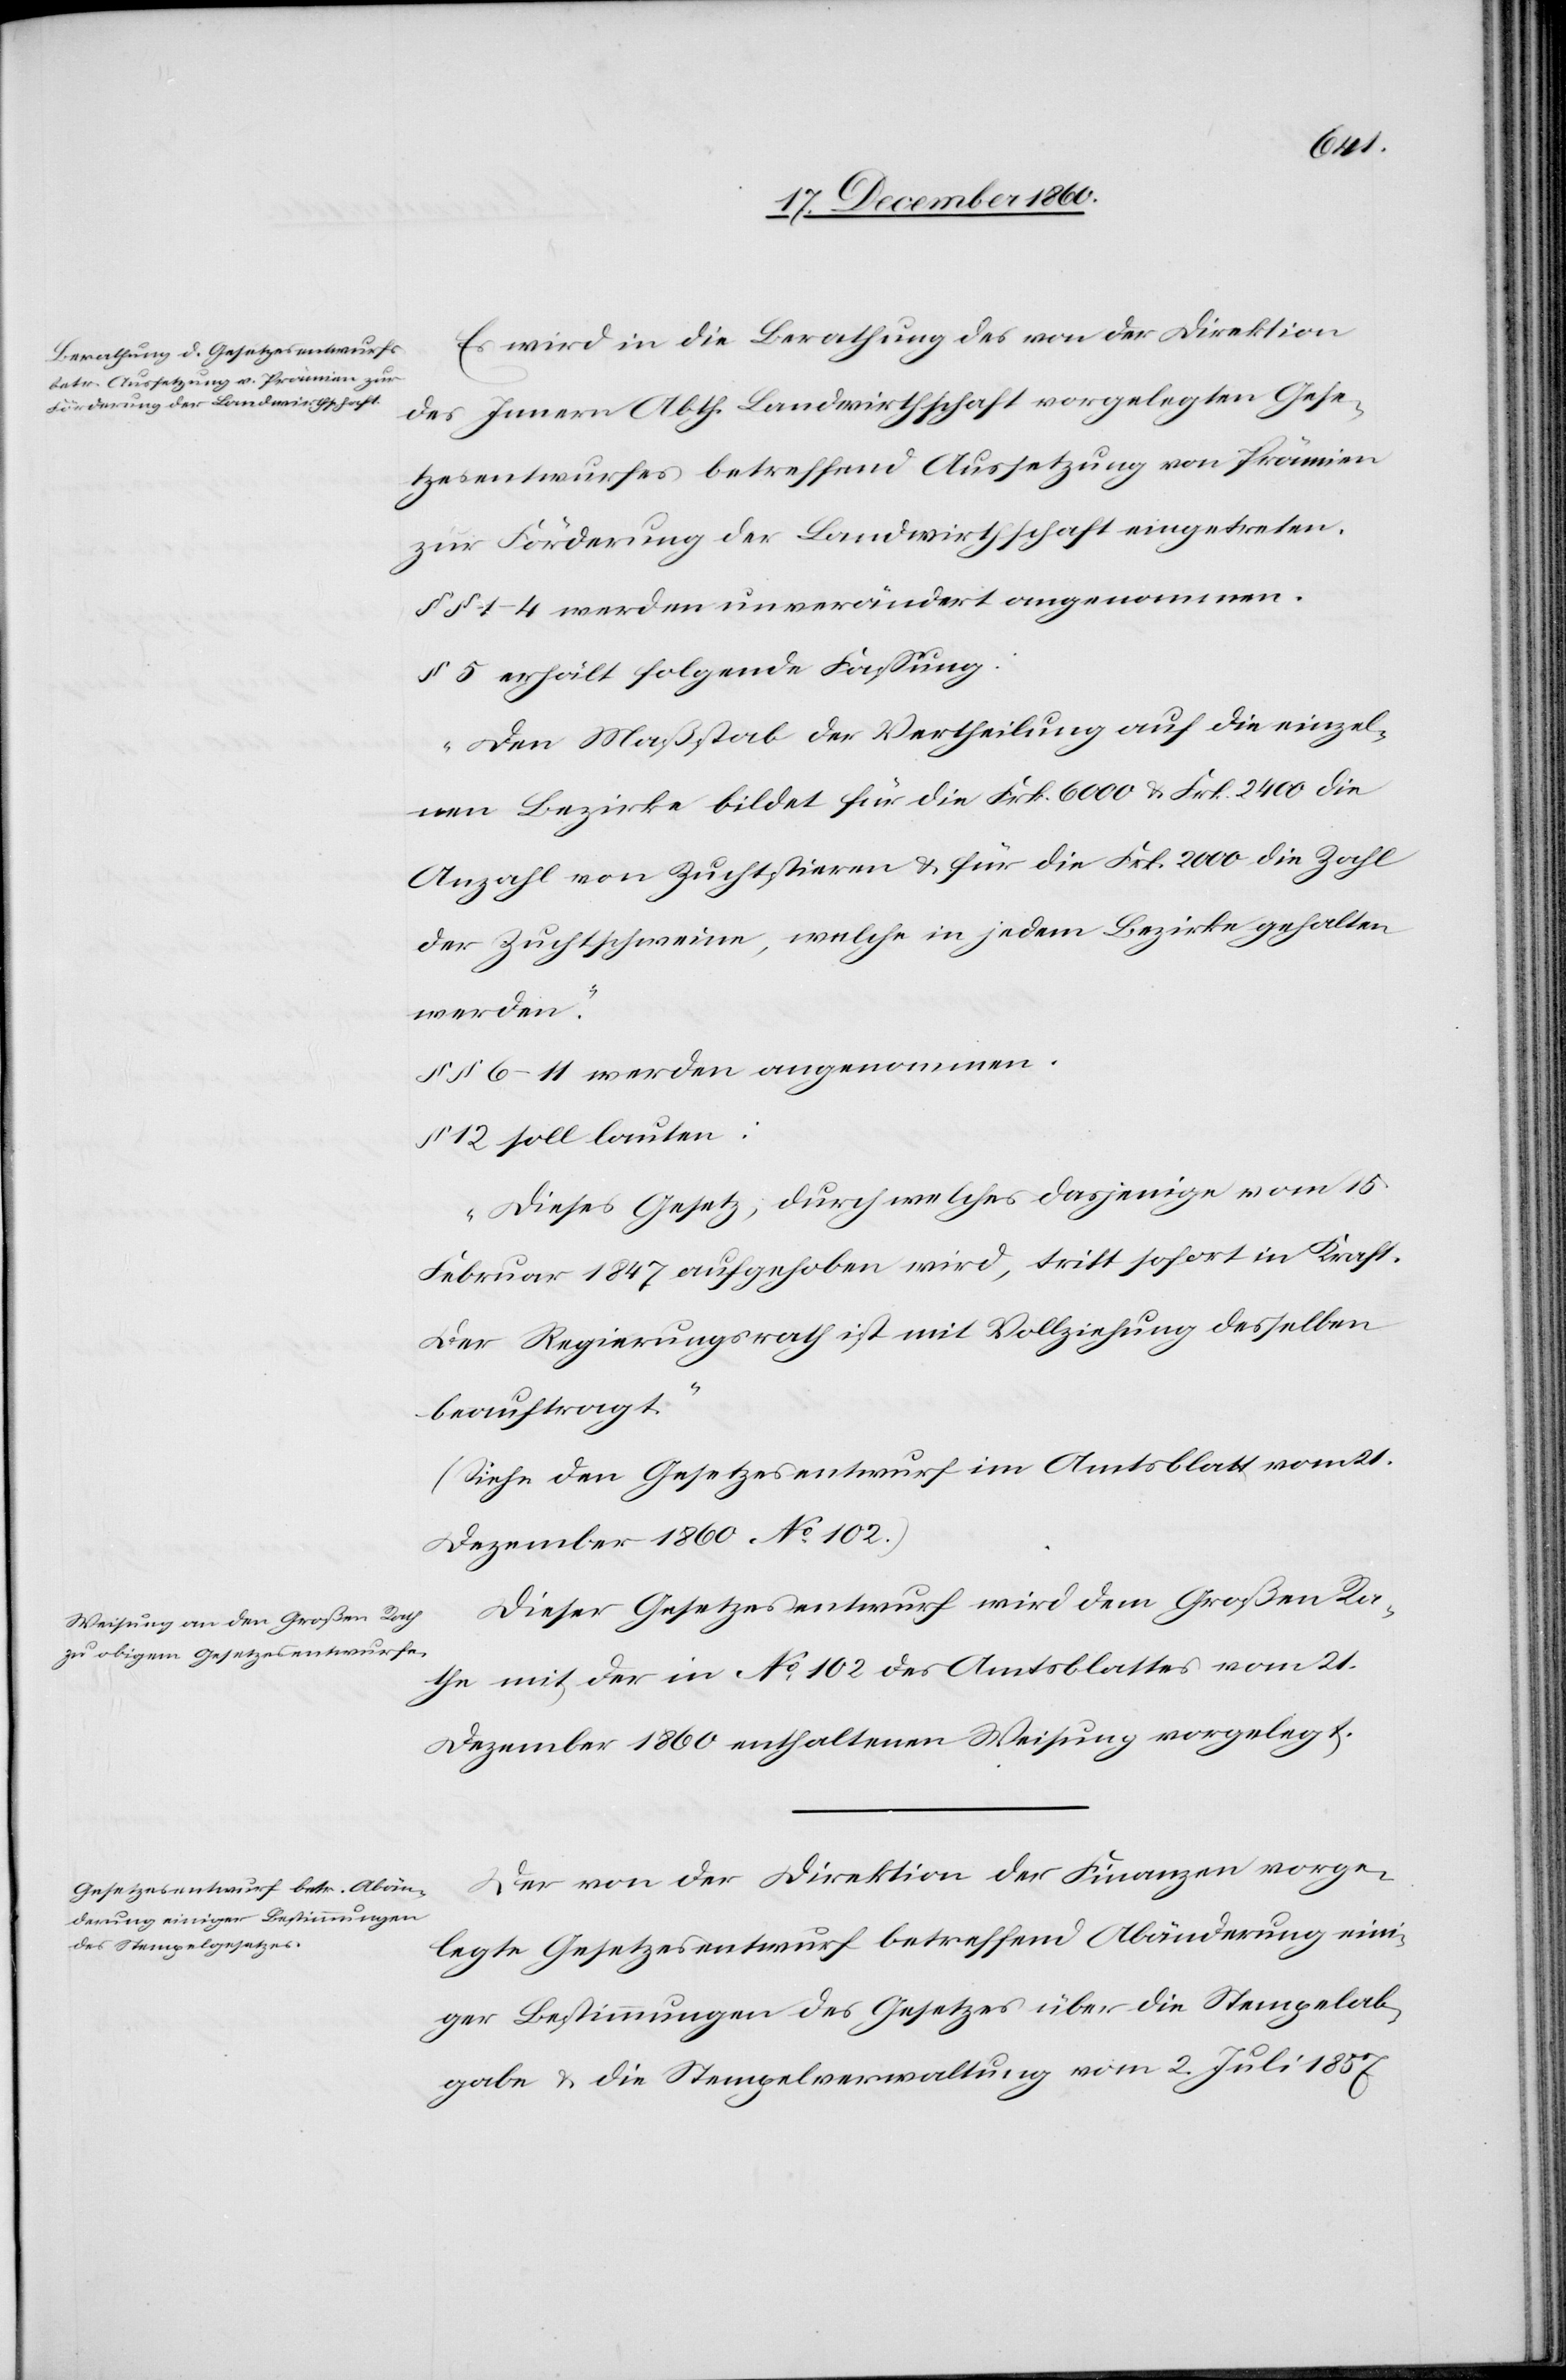
Es wird in die Berathung des von der Direktion
des Innern Abth. Landwirthschaft vorgelegten Gese¬
tzesentwurfes betreffend Aussetzung von Prämien
zur Förderung der Landwirthschaft eingetreten.
§§ 1–4 werden unverändert angenommen.
§ 5 erhält folgende Fassung:
„Den Maßstab der Vertheilung auf die einzel¬
nen Bezirke bildet für die Frk. 6000 u. Frk. 2400 die
Anzahl von Zuchtstieren u. für die Frk. 2000 die Zahl
der Zuchtschweine, welche in jedem Bezirke gehalten
werden.“
§§ 6–11 werden angenommen.
§ 12 soll lauten:
„Dieses Gesetz, durch welches dasjenige vom 15.
Februar 1847 aufgehoben wird, tritt sofort in Kraft.
Der Regierungsrath ist mit Vollziehung desselben
beauftragt.[“]
(Siehe den Gesetzesentwurf im Amtsblatt vom 21.
Dezember 1860. No 102.)
Dieser Gesetzesentwurf wird dem Großen Ra¬
the mit der in No 102 des Amtsblattes vom 21.
Dezember enthaltenen Weisung vorgelegt.
Der von der Direktion der Finanzen vorge¬
legte Gesetzesentwurf betreffend Abänderung eini¬
ger Bestimmungen des Gesetzes über die Stempelab¬
gabe u. die Stempelverwaltung vom 2. Juli 1857